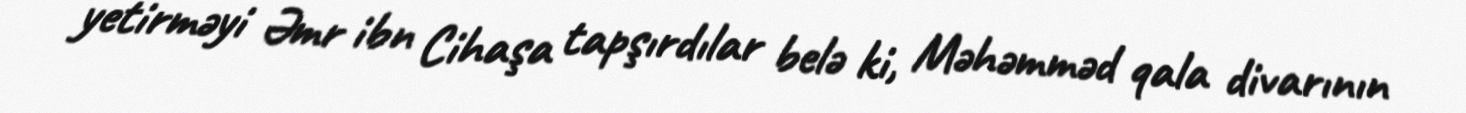
yetirməyi Əmr ibn Cihaşa tapşırdılar belə ki, Məhəmməd qala divarının